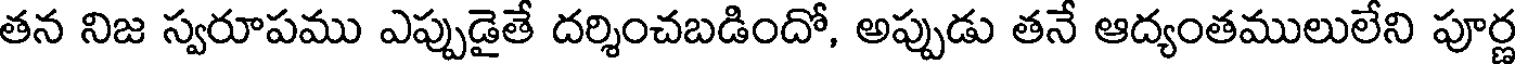
తన నిజ స్వరూపము ఎప్పుడైతే దర్శించబడిందో, అప్పుడు తనే ఆద్యంతములులేని పూర్ణ